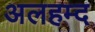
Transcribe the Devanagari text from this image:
अलहम्द